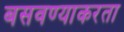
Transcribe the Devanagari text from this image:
बसवण्याकरता